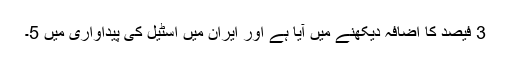
3 فیصد کا اضافہ دیکھنے میں آیا ہے اور ایران میں اسٹیل کی پیداواری میں 5۔